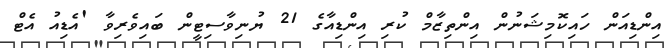
އިންޑިއަން ހައިކޮމިޝަނުން އިންތިޒާމް ކުރި އިންޑިއާގެ 21 ޔުނިވާސިޓީން ބައިވެރިވާ 'އެޑިއު އެޓް